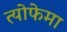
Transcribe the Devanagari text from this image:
त्योफेमा